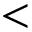
<